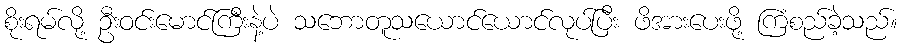
စိုးရမ်လို့ ဦးဝင်းမောင်ကြီးနဲ့ပဲ သဘောတူသယောင်ယောင်လုပ်ပြီး ဖိအားပေးဖို့ ကြံစည်ခဲ့သည်။